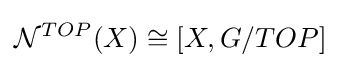
{\mathcal {N}}^{TOP}(X)\cong [X,G/TOP]